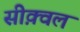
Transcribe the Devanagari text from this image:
सीक़्वल